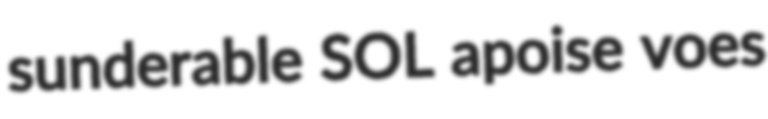
sunderable SOL apoise voes